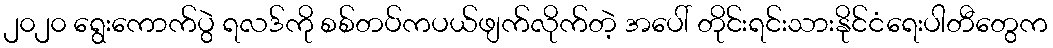
၂၀၂၀ ရွေးကောက်ပွဲ ရလဒ်ကို စစ်တပ်ကပယ်ဖျက်လိုက်တဲ့ အပေါ် တိုင်းရင်းသားနိုင်ငံရေးပါတီတွေက